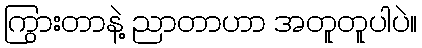
ကြွားတာနဲ့ ညာတာဟာ အတူတူပါပဲ။